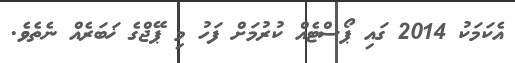
އެކަމަކު 2014 ގައި ޕޯސްޓެއް ކުރުމަށް ފަހު މި ޕޭޖްގެ ޚަބަރެއް ނެތެވެ.